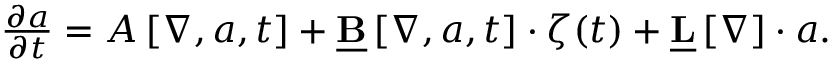
\begin{array} { r } { \frac { \partial \boldsymbol { a } } { \partial t } = \boldsymbol { A } \left[ \boldsymbol { \nabla } , \boldsymbol { a } , t \right] + \underline { { \mathbf { B } } } \left[ \boldsymbol { \nabla } , \boldsymbol { a } , t \right] \cdot \boldsymbol { \zeta } ( t ) + \underline { { \mathbf { L } } } \left[ \boldsymbol { \nabla } \right] \cdot \boldsymbol { a } . } \end{array}